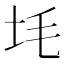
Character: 㘪